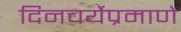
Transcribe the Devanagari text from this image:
दिनचर्येप्रमाणे